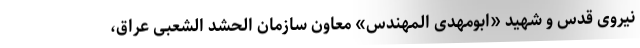
نیروی قدس و شهید «ابومهدی المهندس» معاون سازمان الحشد الشعبی عراق،